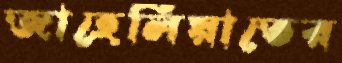
জাহেলিয়াতের